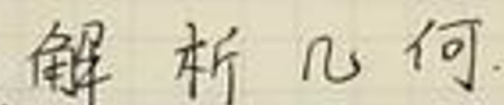
解析几何